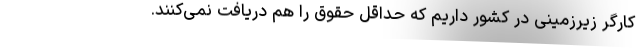
کارگر زیرزمینی در کشور داریم که حداقل حقوق را هم دریافت نمی‌کنند.